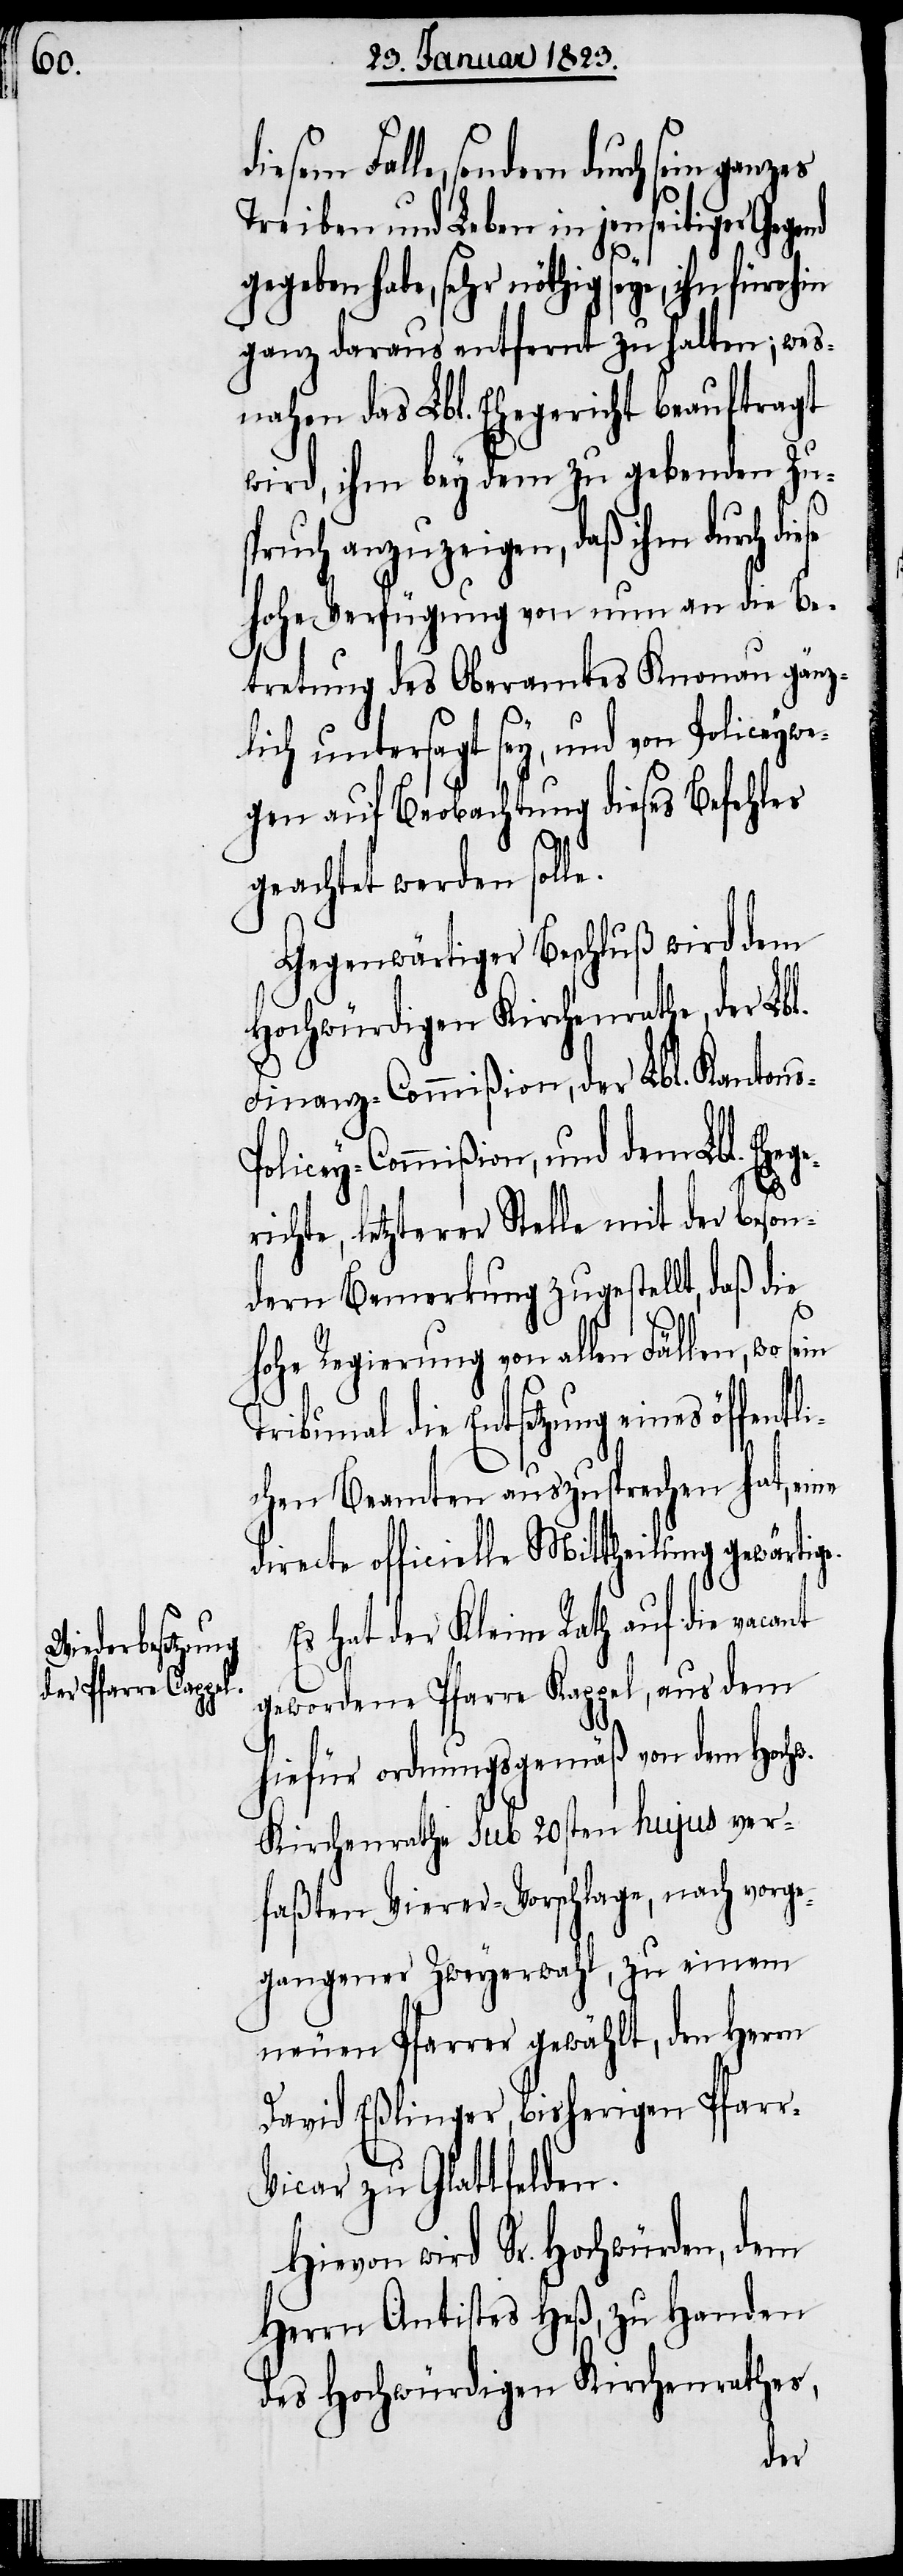
r-V¬

diesem Falle, sondern durch sein
Treiben und Leben in jenseitiger Gegend
gegeben habe, sehr nöthig seye, ihn
ganz daraus entfernt zu halten; wes¬
nahen das Lbl. Ehegericht beauftragt
wird, ihm bey dem zu gebenden Zu¬
ruch anzuzeigen, daß ihm durch
hohe Verfügung von nun an die Be¬
tretung des Oberamtes Knonau gänz¬
lich untersagt sey, und von Policeywe¬
gen auf Beobachtung dieses Befehles
w.
sp¬
geachtet werden solle.
Gegenwärtiger Beschluß wird dem
Hochwürdigen Kirchenrathe, der Lbl.
Finanz-Commißion, der Lbl. Kanton¬
olicey-Commißion, und dem Lbl. Eheg¬
richte, letzterer Stelle mit der beson¬
dern Bemerkung zugestellt, daß die
hohe Regierung von allen Fällen, wo
Tribunal die Entsetzung eines öffentl¬
ichen Beamten auszusprechen hat, eine
directe officielle Mittheilung gewärtig¬
Es hat der Kleine Rath auf die vacant
gewordene Pfarre Kappel, aus dem
hiefür ordnungsgemäß von dem Hoch¬
Kirchenrathe sub 20sten hujus ver¬
faßten Vierer-Vorschlage, nach vorge¬
gangener Zweyerwahl, zu einem
neuen Pfarrer gewählt, den Herrn
David Eßlinger, bisherigen Pfar¬
icar zu Glattfelden.
Hievon wird Sr. Hochwürden, dem
Herrn Antistes Heß, zu Handen
des Hochwürdigen Kirchenrathes,